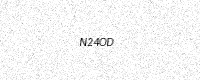
Text: N24OD